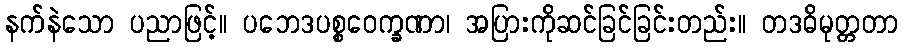
နက်နဲသော ပညာဖြင့်။ ပဘေဒပစ္စဝေက္ခဏာ၊ အပြားကိုဆင်ခြင်ခြင်းတည်း။ တဒဓိမုတ္တတာ